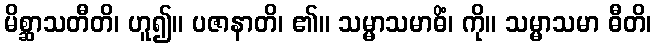
မိစ္ဆာသတီတိ၊ ဟူ၍။ ပဇာနာတိ၊ ၏။ သမ္မာသမာဓိံ၊ ကို။ သမ္မာသမာ ဓီတိ၊